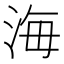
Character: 海